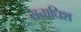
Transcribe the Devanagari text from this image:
सत्ताधिश